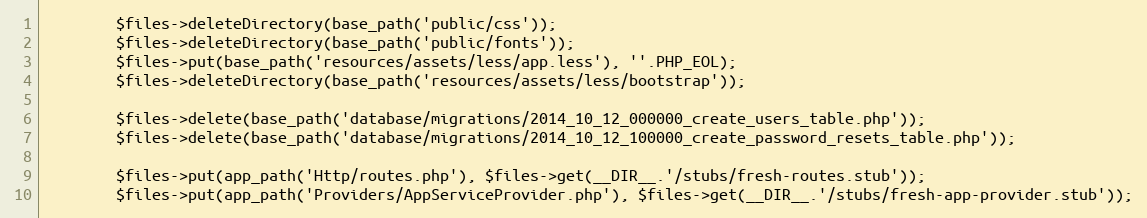
Language: PHP
		$files->deleteDirectory(base_path('public/css'));
		$files->deleteDirectory(base_path('public/fonts'));
		$files->put(base_path('resources/assets/less/app.less'), ''.PHP_EOL);
		$files->deleteDirectory(base_path('resources/assets/less/bootstrap'));

		$files->delete(base_path('database/migrations/2014_10_12_000000_create_users_table.php'));
		$files->delete(base_path('database/migrations/2014_10_12_100000_create_password_resets_table.php'));

		$files->put(app_path('Http/routes.php'), $files->get(__DIR__.'/stubs/fresh-routes.stub'));
		$files->put(app_path('Providers/AppServiceProvider.php'), $files->get(__DIR__.'/stubs/fresh-app-provider.stub'));